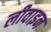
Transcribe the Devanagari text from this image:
लीवाइन